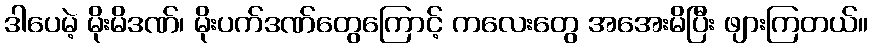
ဒါပေမဲ့ မိုးမိဒဏ်၊ မိုးပက်ဒဏ်တွေကြောင့် ကလေးတွေ အအေးမိပြီး ဖျားကြတယ်။